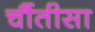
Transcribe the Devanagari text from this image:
चौंतीसा